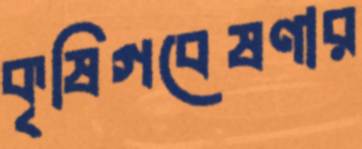
কৃষিগবেষণার